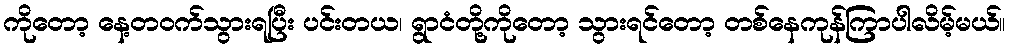
ကိုတော့ နေ့တဝက်သွားရပြီး ပင်းတယ၊ ရွာငံတို့ကိုတော့ သွားရင်တော့ တစ်နေကုန်ကြာပါလိမ့်မယ်။